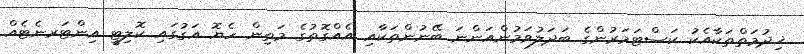
ޚިދުމަތްތަކާއެކު ކަސްޓަމަރުންގެ ބަދަލުވަމުންއަންނަ ބޭނުންތަކާއި އެއްގޮތުގެ މަތިން ހެޔޮ އަގުގައި ކޮލިޓީ އިންޓަރނެޓެއް